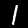
Digit: 1